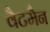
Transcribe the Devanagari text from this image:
वैटमैन